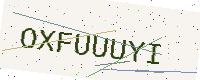
Text: OXFUUUYI